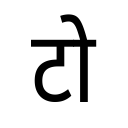
OCR:
टो